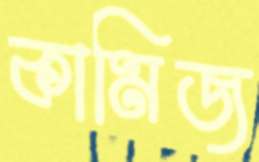
কামিজ